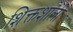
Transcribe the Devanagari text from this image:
शिक्तशाली